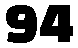
94